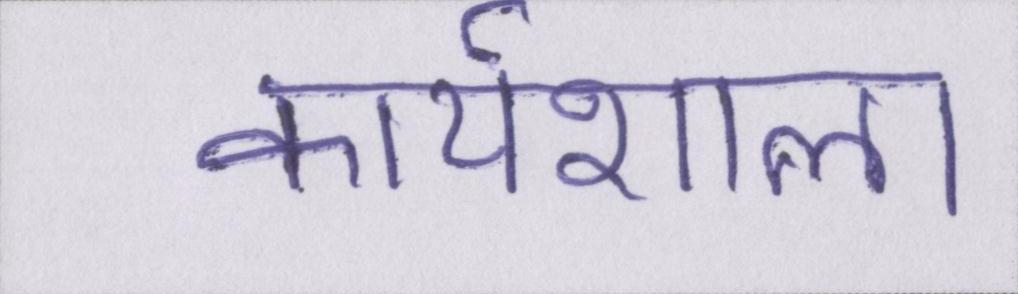
कार्यशाला